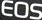
EOS